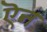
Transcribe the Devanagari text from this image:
ऎन